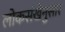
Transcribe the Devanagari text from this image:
लोकसंखेनुसार